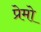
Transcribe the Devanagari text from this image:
प्रेमो